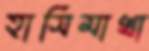
হাসিমাখা